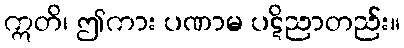
ဣတိ၊ ဤကား ပဏာမ ပဋိညာတည်း။